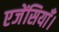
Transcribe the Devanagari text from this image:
एजेंसियाँ।